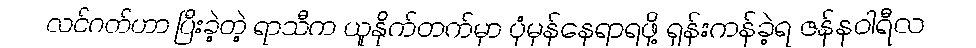
လင်ဂတ်ဟာ ပြီးခဲ့တဲ့ ရာသီက ယူနိုက်တက်မှာ ပုံမှန်နေရာရဖို့ ရုန်းကန်ခဲ့ရ ဇန်နဝါရီလ